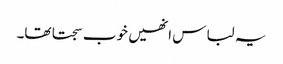
یہ لباس انھیں خوب سجتا تھا۔